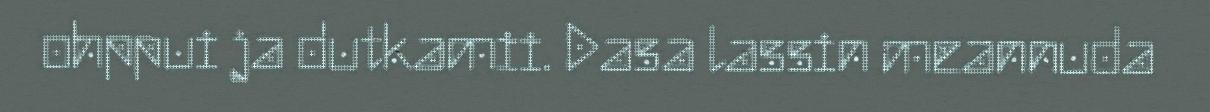
ohppui ja dutkamii. Dasa lassin meannuda